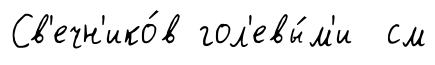
Св'ечн'ико́в гол'евы́м'и см